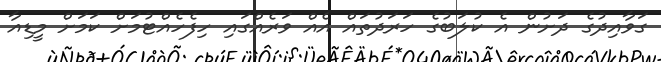
ގަވާއިދުގެ ދަށުން އެ ކުލަބުގެ ހަރަދުތައް އެއް ވަރެއްގައި ހިފެހެއްޓުމަށް ކަމަށް މީޑިއާ